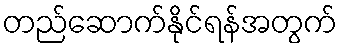
တည်ဆောက်နိုင်ရန်အတွက်